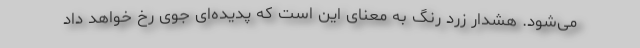
می‌شود. هشدار زرد رنگ به معنای این است که پدیده‌ای جوی رخ خواهد داد